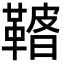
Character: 𩌀